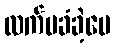
လက်မခံခဲ့ပေ